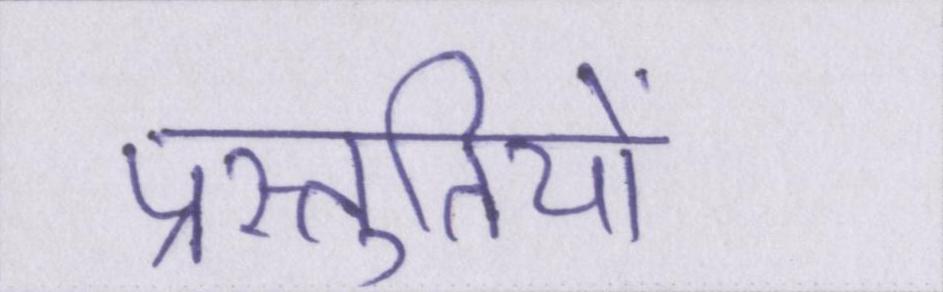
प्रस्तुतियों